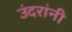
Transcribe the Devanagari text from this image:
उंदरांनी